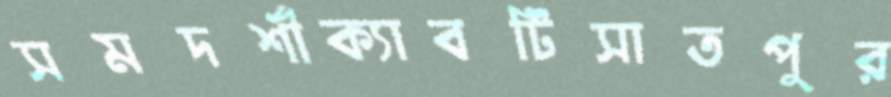
সমদর্শীক্যাবটিসাতপুর